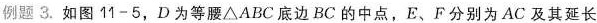
例题3.如图11-5，D为等腰△ABC底边BC的中点，E、F分别为AC及其延长